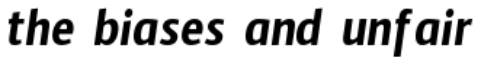
the biases and unfair